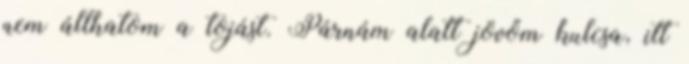
nem állhatom a tojást. Párnám alatt jövőm kulcsa, itt